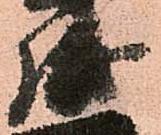
盛